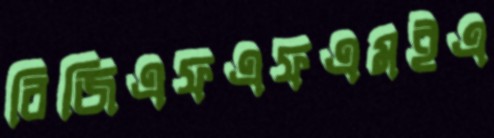
বিজিএফএফএমইএ